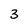
Character: 3